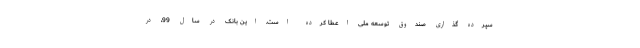
سپرده گذاری صندوق توسعه ملی اعطا کرده است. این بانک در سال 99، در